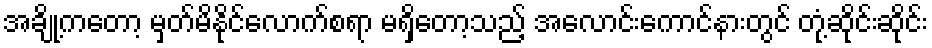
အချို့ကတော့ မှတ်မိနိုင်လောက်စရာ မရှိတော့သည့် အလောင်းကောင်နားတွင် တုံ့ဆိုင်းဆိုင်း